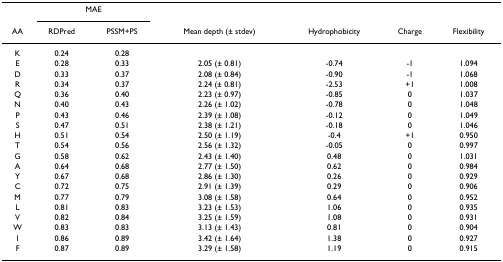
|  | <COLSPAN=2> MAE |  |  |  |  |
 | AA | RDPred | PSSM+PS | Mean depth (± stdev) | Hydrophobicity | Charge | Flexibility |
 | --- | --- | --- | --- | --- | --- | --- |
 | K | 0.24 | 0.28 |  |  |  |  |
 | E | 0.28 | 0.33 | 2.05 (± 0.81) | -0.74 | -1 | 1.094 |
 | D | 0.33 | 0.37 | 2.08 (± 0.84) | -0.90 | -1 | 1.068 |
 | R | 0.34 | 0.37 | 2.24 (± 0.81) | -2.53 | +1 | 1.008 |
 | Q | 0.36 | 0.40 | 2.23 (± 0.97) | -0.85 | 0 | 1.037 |
 | N | 0.40 | 0.43 | 2.26 (± 1.02) | -0.78 | 0 | 1.048 |
 | P | 0.43 | 0.46 | 2.39 (± 1.08) | -0.12 | 0 | 1.049 |
 | S | 0.47 | 0.51 | 2.38 (± 1.21) | -0.18 | 0 | 1.046 |
 | H | 0.51 | 0.54 | 2.50 (± 1.19) | -0.4 | +1 | 0.950 |
 | T | 0.54 | 0.56 | 2.56 (± 1.32) | -0.05 | 0 | 0.997 |
 | G | 0.58 | 0.62 | 2.43 (± 1.40) | 0.48 | 0 | 1.031 |
 | A | 0.64 | 0.68 | 2.77 (± 1.50) | 0.62 | 0 | 0.984 |
 | Y | 0.67 | 0.68 | 2.86 (± 1.30) | 0.26 | 0 | 0.929 |
 | C | 0.72 | 0.75 | 2.91 (± 1.39) | 0.29 | 0 | 0.906 |
 | M | 0.77 | 0.79 | 3.08 (± 1.58) | 0.64 | 0 | 0.952 |
 | L | 0.81 | 0.83 | 3.23 (± 1.53) | 1.06 | 0 | 0.935 |
 | V | 0.82 | 0.84 | 3.25 (± 1.59) | 1.08 | 0 | 0.931 |
 | W | 0.83 | 0.83 | 3.13 (± 1.43) | 0.81 | 0 | 0.904 |
 | I | 0.86 | 0.89 | 3.42 (± 1.64) | 1.38 | 0 | 0.927 |
 | F | 0.87 | 0.89 | 3.29 (± 1.58) | 1.19 | 0 | 0.915 |